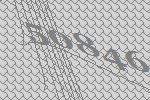
50846